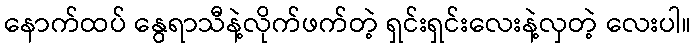
နောက်ထပ် နွေရာသီနဲ့လိုက်ဖက်တဲ့ ရှင်းရှင်းလေးနဲ့လှတဲ့ လေးပါ။